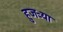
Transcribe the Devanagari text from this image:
हुजऱ्या